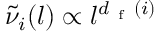
\tilde { \nu } _ { i } ( l ) \propto l ^ { d _ { \mathrm { ~ f ~ } } ( i ) }